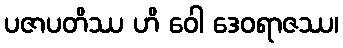
ပဇာပတိဿ ဟိ ဝေါ ဒေဝရာဇဿ၊